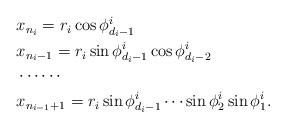
LaTeX: \begin{align*}\begin{aligned} &x_{n_i}=r_i \cos \phi^{i}_{d_i-1}\\ &x_{n_i-1}=r_i \sin \phi^{i}_{d_i-1} \cos \phi^{i}_{d_i-2}\\ & \cdots \cdots \\ &x_{n_{i-1}+1}=r_i \sin \phi^{i}_{d_i-1} \cdots \sin \phi^{i}_2\sin \phi^{i}_1.\\\end{aligned}\end{align*}